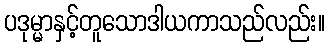
ပဒုမ္မာနှင့်တူသောဒါယကာသည်လည်း။